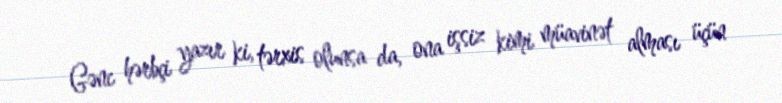
Gənc hərbçi yazır ki, tərxis olunsa da, ona işsiz kimi müavinət alması üçün